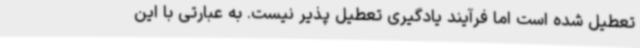
تعطیل شده است اما فرآیند یادگیری تعطیل پذیر نیست. به عبارتی با این